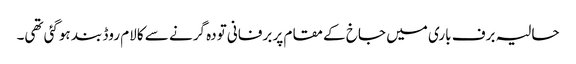
حالیہ برف باری میں جاخ کے مقام پر برفانی تودہ گرنے سے کالام روڈ بند ہوگئی تھی۔